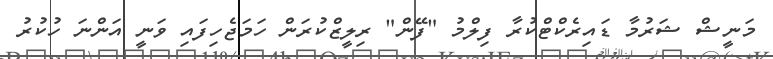
މަނީޝް ޝަރުމާ ޑައިރެކްޓްކުރާ ފިލްމު "ފޭން" ރިލީޒްކުރަން ހަމަޖެހިފައި ވަނީ އަންނަ ހުކުރު